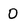
Character: O